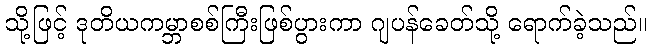
သို့ဖြင့် ဒုတိယကမ္ဘာစစ်ကြီးဖြစ်ပွားကာ ဂျပန်ခေတ်သို့ ရောက်ခဲ့သည်။